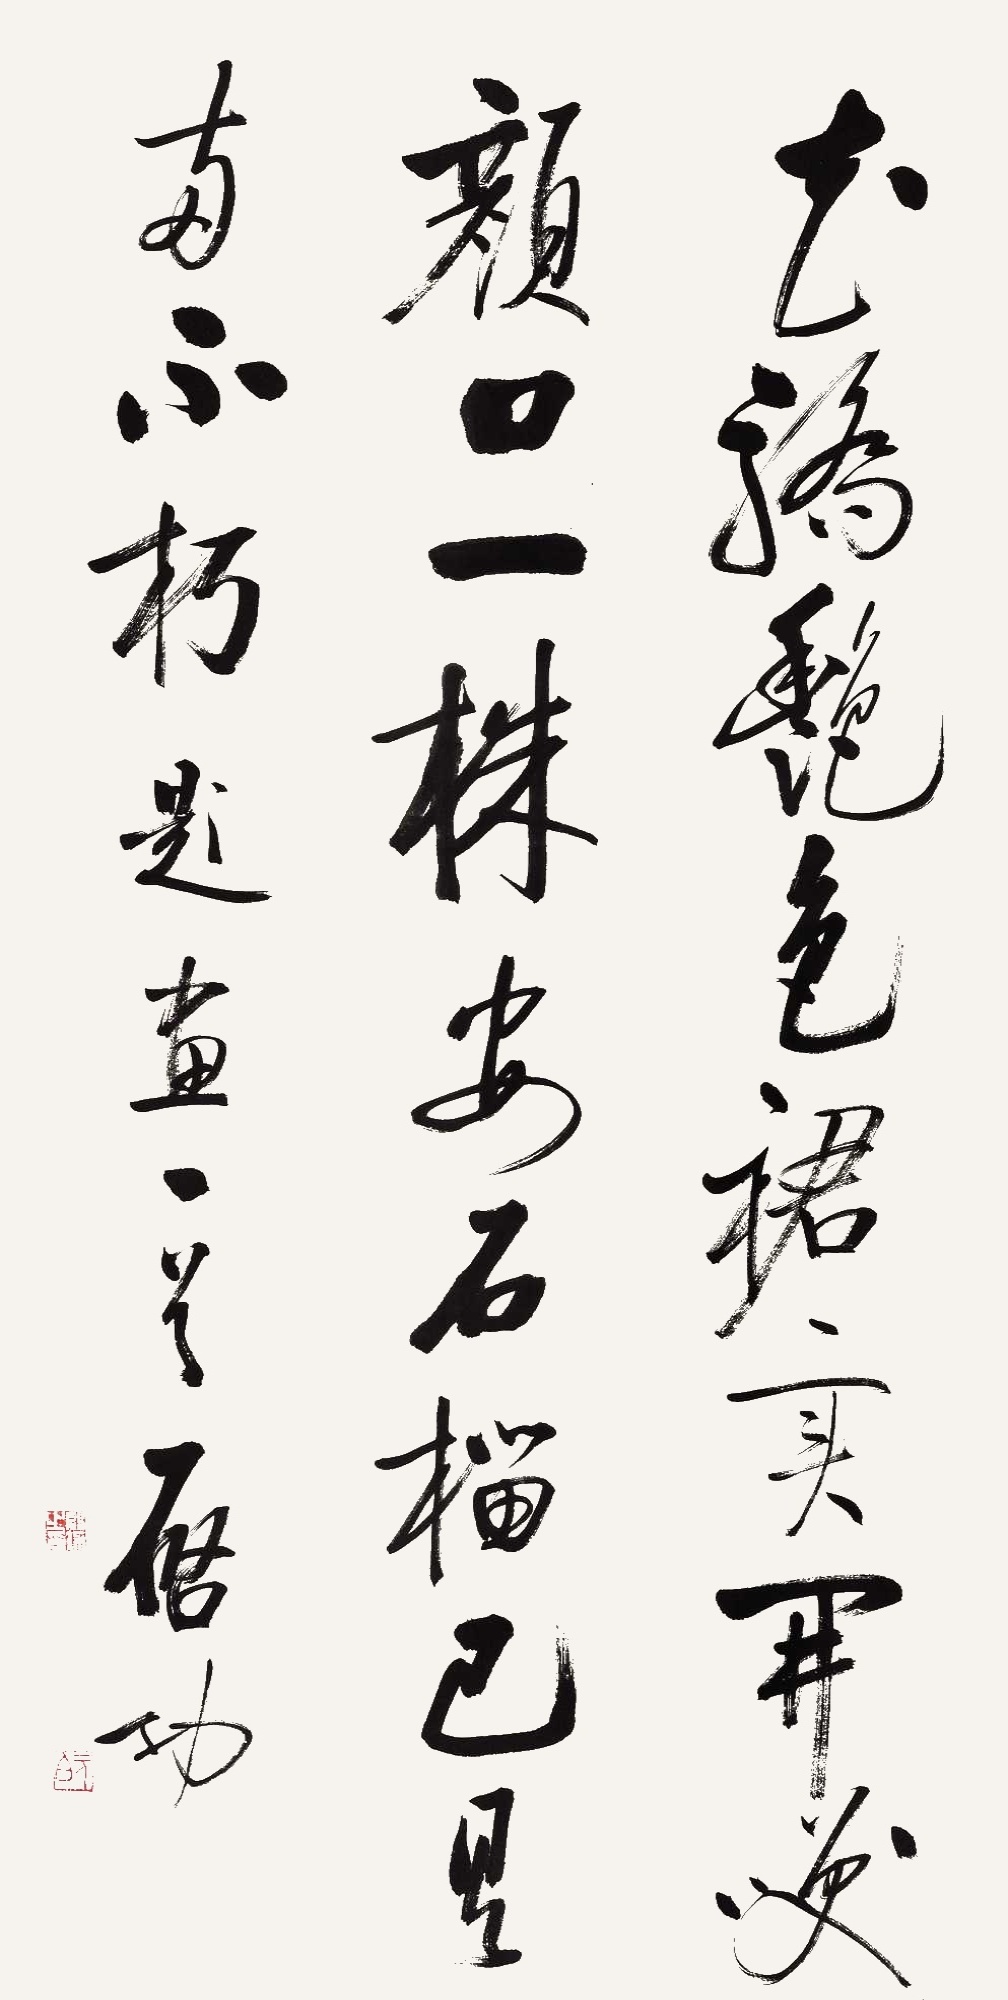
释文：花骄艳色裙，实开笑颜口。一株安石榴，已具两不朽。题画一首，启功。